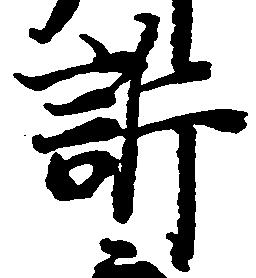
訴